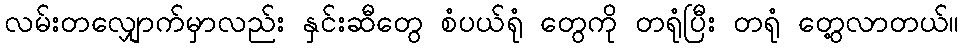
လမ်းတလျှောက်မှာလည်း နှင်းဆီတွေ စံပယ်ရုံ တွေကို တရုံပြီး တရုံ တွေ့လာတယ်။